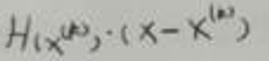
$H(x^{(k)})\cdot(x - x^{(k)})$